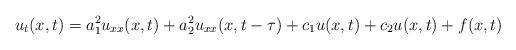
LaTeX: \begin{align*} u_{t}(x, t) = a_{1}^{2} u_{xx}(x, t) + a_{2}^{2} u_{xx}(x, t - \tau) + c_{1} u(x, t) + c_{2} u(x, t) + f(x, t) \end{align*}